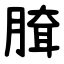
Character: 䐛